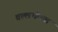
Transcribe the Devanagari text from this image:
वल्लभीच्या